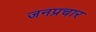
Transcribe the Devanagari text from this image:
जनप्रचार